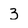
Character: 3